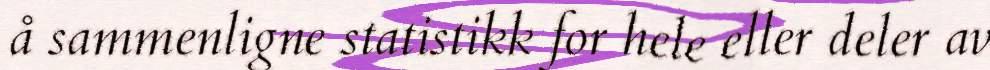
å sammenligne statistikk for hele eller deler av